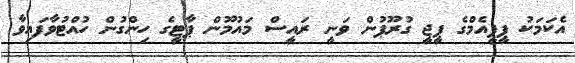
އެކަމަކު ޕީޕީއެމްގެ ޕީޖީ ގުރޫޕުން ވަނީ ރައީސް މައުމޫން ޕާޓީގެ ހިންގުން ހުއްޓުވާފައިވާ